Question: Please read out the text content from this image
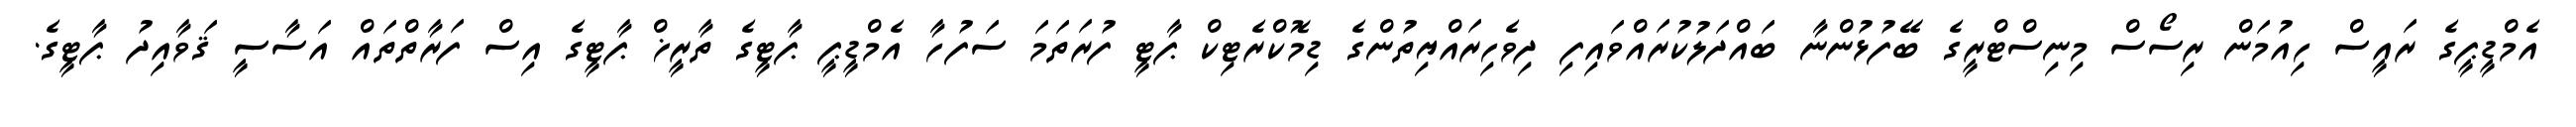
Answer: އެމްޑީޕީގެ ރައީސް ހިއުމަން ރިސޯސް މިނިސްޓްރީގެ ބޭފުޅުންނާ ބައްދަލުކުރައްވައިފި ދިވެހިރައްޔިތުންގެ ޑިމޮކްރެޓިކް ޕާޓީ ފުރަތަމަ ސަފުހާ އެމްޑީޕީ ޕާޓީގެ ތާރީޚް ޕާޓީގެ އިސް ފަރާތްތައް އަސާސީ ޤަވާއިދު ޕާޓީގެ.